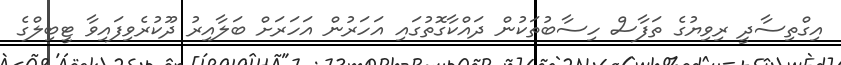
އިގްތިސާދީ ރިވިޔުގެ ތަފާސް ހިސާބުތަކުން ދައްކާގޮތުގައި އަހަރުން އަހަރަށް ބަލާއިރު ދޫކުރެވިފައިވާ ޓީބިލްގެ